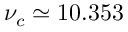
\nu _ { c } \simeq 1 0 . 3 5 3